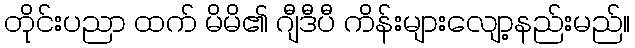
တိုင်းပညာ ထက် မိမိ၏ ဂျီဒီပီ ကိန်းများလျော့နည်းမည်။